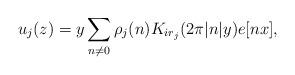
LaTeX: \begin{align*}u_j(z)=y\sum_{n\neq0}\rho_j(n)K_{ir_j}(2\pi|n|y)e[nx],\end{align*}